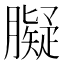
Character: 𦡸